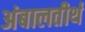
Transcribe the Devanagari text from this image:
अंबालतीर्थ